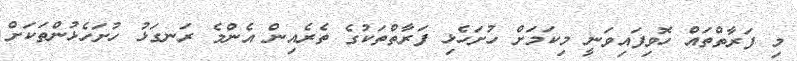
މި ފަރާތްތައް ހޮވިފައިވަނީ މިކަމަށް ހުށަހެޅި ފަރާތްތަކުގެ ތެރެއިން އެންމެ ރަނގަޅު ހުށަހެޅުންތަކަށް